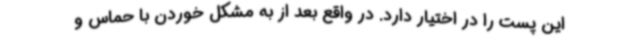
این پست را در اختیار دارد. در واقع بعد از به مشکل خوردن با حماس و